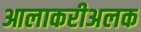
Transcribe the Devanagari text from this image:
आलाकरीअलक